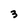
Character: 3